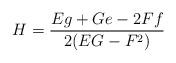
LaTeX: \begin{align*}H=\frac{Eg+Ge-2Ff}{2(EG-F^{2})} \end{align*}